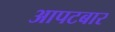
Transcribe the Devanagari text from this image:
आपटबार